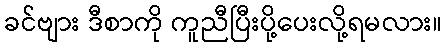
ခင်ဗျား ဒီစာကို ကူညီပြီးပို့ပေးလို့ရမလား။